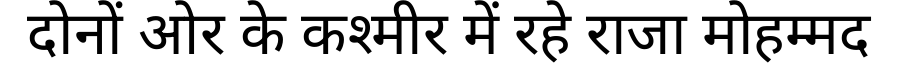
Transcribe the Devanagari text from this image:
दोनों ओर के कश्मीर में रहे राजा मोहम्मद